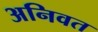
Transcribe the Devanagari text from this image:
अनिवत